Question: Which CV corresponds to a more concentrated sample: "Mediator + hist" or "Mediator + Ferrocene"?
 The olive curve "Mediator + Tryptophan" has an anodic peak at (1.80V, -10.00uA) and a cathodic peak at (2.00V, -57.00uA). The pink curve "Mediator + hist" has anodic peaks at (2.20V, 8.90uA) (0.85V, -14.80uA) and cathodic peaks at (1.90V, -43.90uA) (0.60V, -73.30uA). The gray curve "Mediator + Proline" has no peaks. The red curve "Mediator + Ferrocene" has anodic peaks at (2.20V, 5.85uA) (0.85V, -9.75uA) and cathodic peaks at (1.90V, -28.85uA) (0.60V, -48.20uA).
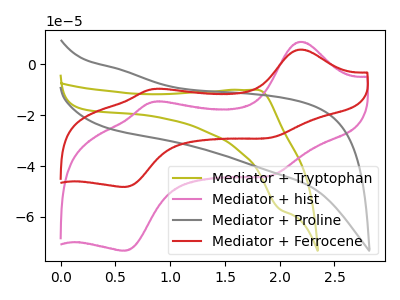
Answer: <think>All the peaks in "Mediator + hist" have a peak in "Mediator + Ferrocene" at the same potential.
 </think>
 <answer>I cant tell if "Mediator + hist" or "Mediator + Ferrocene" has higher concentration.</answer>
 <eval>mixed_concentration</eval>